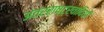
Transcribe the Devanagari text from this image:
अंतरराष्ट्रवादियों